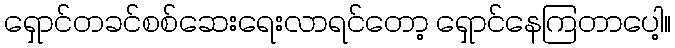
ရှောင်တခင်စစ်ဆေးရေးလာရင်တော့ ရှောင်နေကြတာပေါ့။